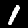
Label: 1